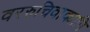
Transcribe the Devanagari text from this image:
वररुचिवाक्यानि